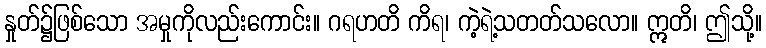
နှုတ်၌ဖြစ်သော အမှုကိုလည်းကောင်း။ ဂရဟတိ ကိရ၊ ကဲ့ရဲ့သတတ်သလော။ ဣတိ၊ ဤသို့။